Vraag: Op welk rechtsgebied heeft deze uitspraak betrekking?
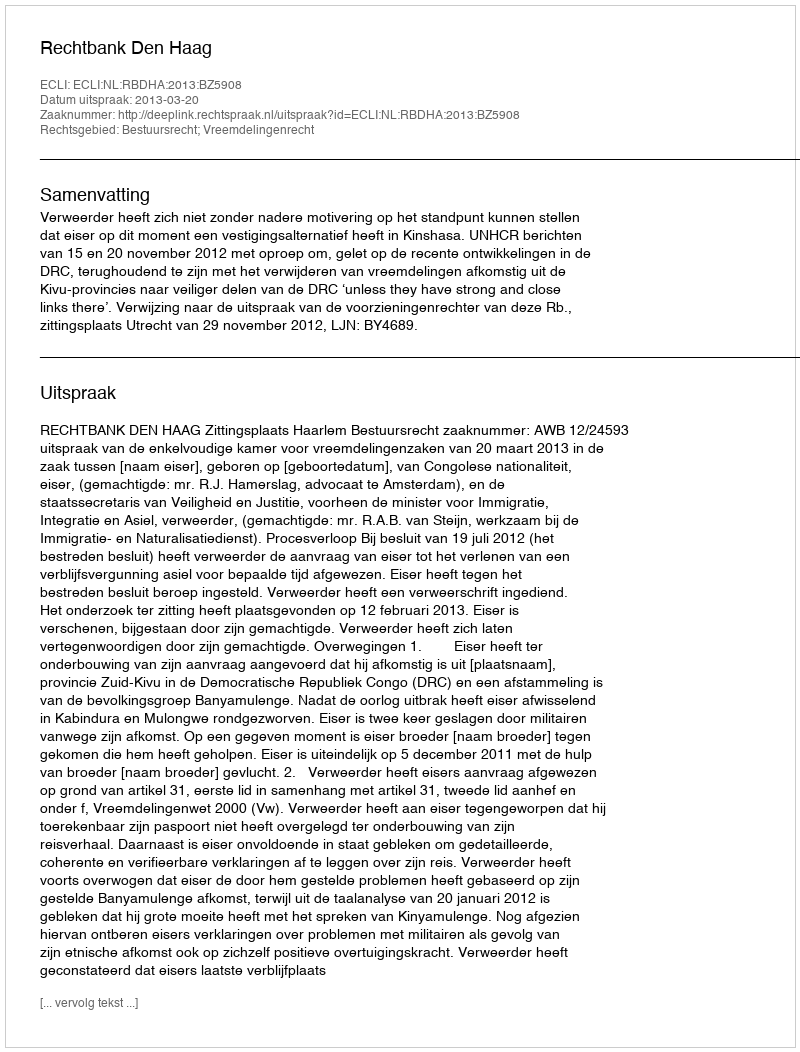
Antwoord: Bestuursrecht; Vreemdelingenrecht